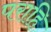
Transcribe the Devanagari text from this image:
पराहि